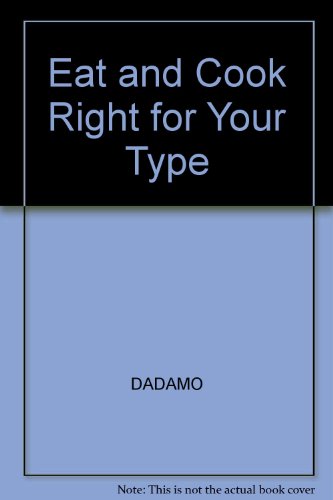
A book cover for Eat Right and Cook Right 4 Your Type : The Customized Diet and Cookbook That Will Shed Pounds, Improve Your Health and Increase Longevity; Catherine D'Adamo Peter; Whitney; Health, Fitness & Dieting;